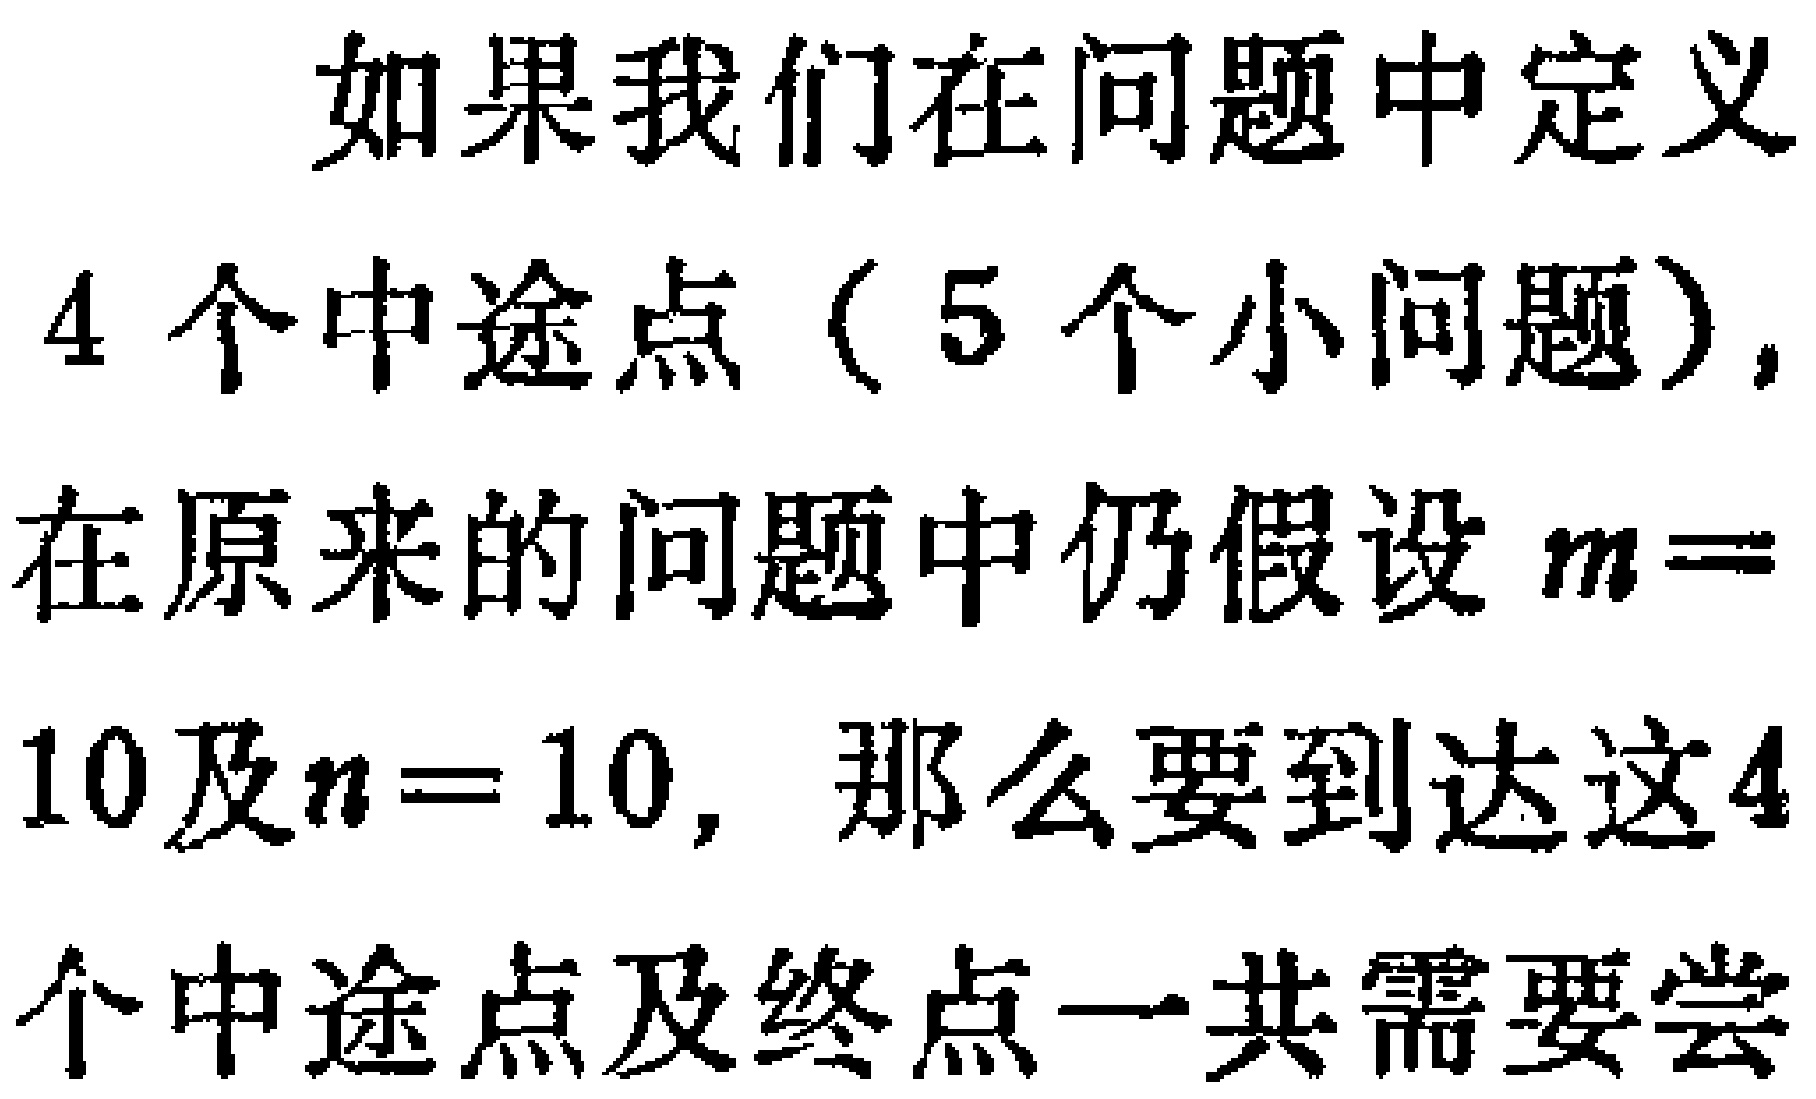
如果我们在问题中定义
4 个中途点（5 个小问题）,
在原来的问题中仍假设 \(m = \)
10及\(n = 10\)，那么要到达这4
个中途点及终点一共需要尝